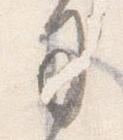
司